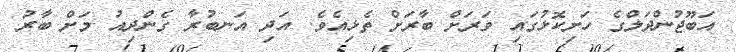
އަބޫޖުންދަލްގެ ހަށިކޮޅުގައި ވަރަށް ބާރަށް ތެޅިއެވެ. އަދި އަނބުރާ ގެންދިއު މަށް ބާރު